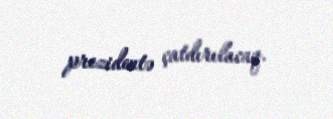
prezidentə çatdırılacaq.